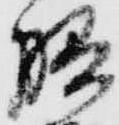
膳